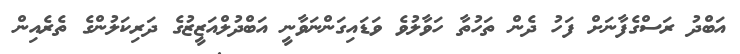
އަބްދު ރަސްގެފާނަށް ފަހު ދެން ތަހުތާ ހަވާލުވެ ވަޑައިގަންނަވާނީ އަބްދުލްއަޒީޒުގެ ދަރިކަލުންގެ ތެރެއިން